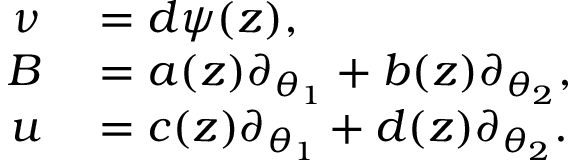
\begin{array} { r l } { \nu } & { { } = d \psi ( z ) , } \\ { B } & { { } = a ( z ) \partial _ { \theta _ { 1 } } + b ( z ) \partial _ { \theta _ { 2 } } , } \\ { u } & { { } = c ( z ) \partial _ { \theta _ { 1 } } + d ( z ) \partial _ { \theta _ { 2 } } . } \end{array}